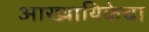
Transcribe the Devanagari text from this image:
आख्यायिकेचा